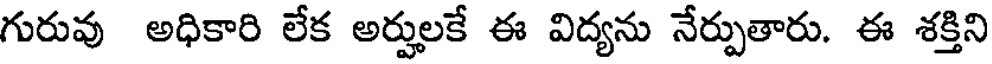
గురువు అధికారి లేక అర్హులకే ఈ విద్యను నేర్పుతారు. ఈ శక్తిని